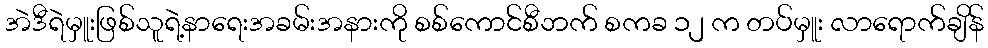
အဲဒီရဲမှူးဖြစ်သူရဲ့နာရေးအခမ်းအနားကို စစ်ကောင်စီဘက် စကခ ၁၂ က တပ်မှူး လာရောက်ချိန်